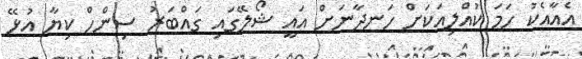
އެއާއެކު ހަމަ ކުއްލިއަކަށް ހަނދާނަށް އައީ ޝޯލޭގައި ގައްބަރު ސިންހް ކިޔާ އުޅޭ